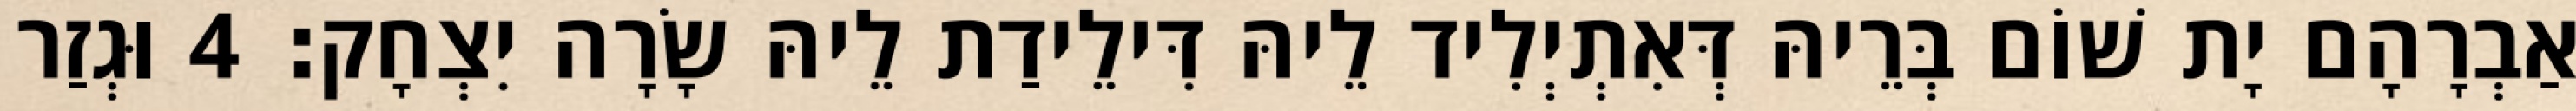
אַבְרָהָם יָת שׁוֹם בְּרֵיהּ דְּאִתְיְלִיד לֵיהּ דִּילֵידַת לֵיהּ שָׂרָה יִצְחָק׃ 4 וּגְזַר